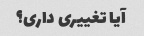
آیا تغییری داری؟